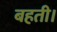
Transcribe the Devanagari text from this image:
बहती।